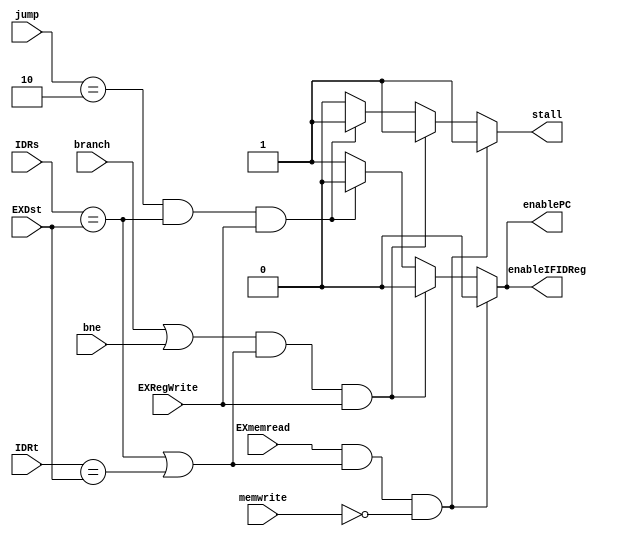
`timescale 1ns / 1ps

module HazardUnit(memwrite,jump,branch,bne,EXRegWrite,EXmemread,IDRs,IDRt,EXDst,stall,enablePC,enableIFIDReg);
input [1:0]jump;
input memwrite;
input branch,bne;
input EXRegWrite;
input EXmemread;
input [4:0]IDRs,IDRt,EXDst;
output reg stall;
output reg enablePC,enableIFIDReg;

 always@(*)begin
  enablePC<=1;
  enableIFIDReg<=1;
  stall<=0;
  if(EXmemread&&(IDRs==EXDst||IDRt==EXDst)&&!memwrite)begin 
   enablePC<=0;
   enableIFIDReg<=0;
   stall<=1'd1;
  end 
  else if((branch||bne)&&(IDRs==EXDst||IDRt==EXDst)&&EXRegWrite)begin 
   enablePC<=0;
   enableIFIDReg<=0;
   stall<=1'd1;
   end 
  else if((jump==2'd2)&&(IDRs==EXDst)&&EXRegWrite)begin 
      enablePC<=0;
      enableIFIDReg<=0;
      stall<=1'd1;
      end 
   
   
 end 


endmodule